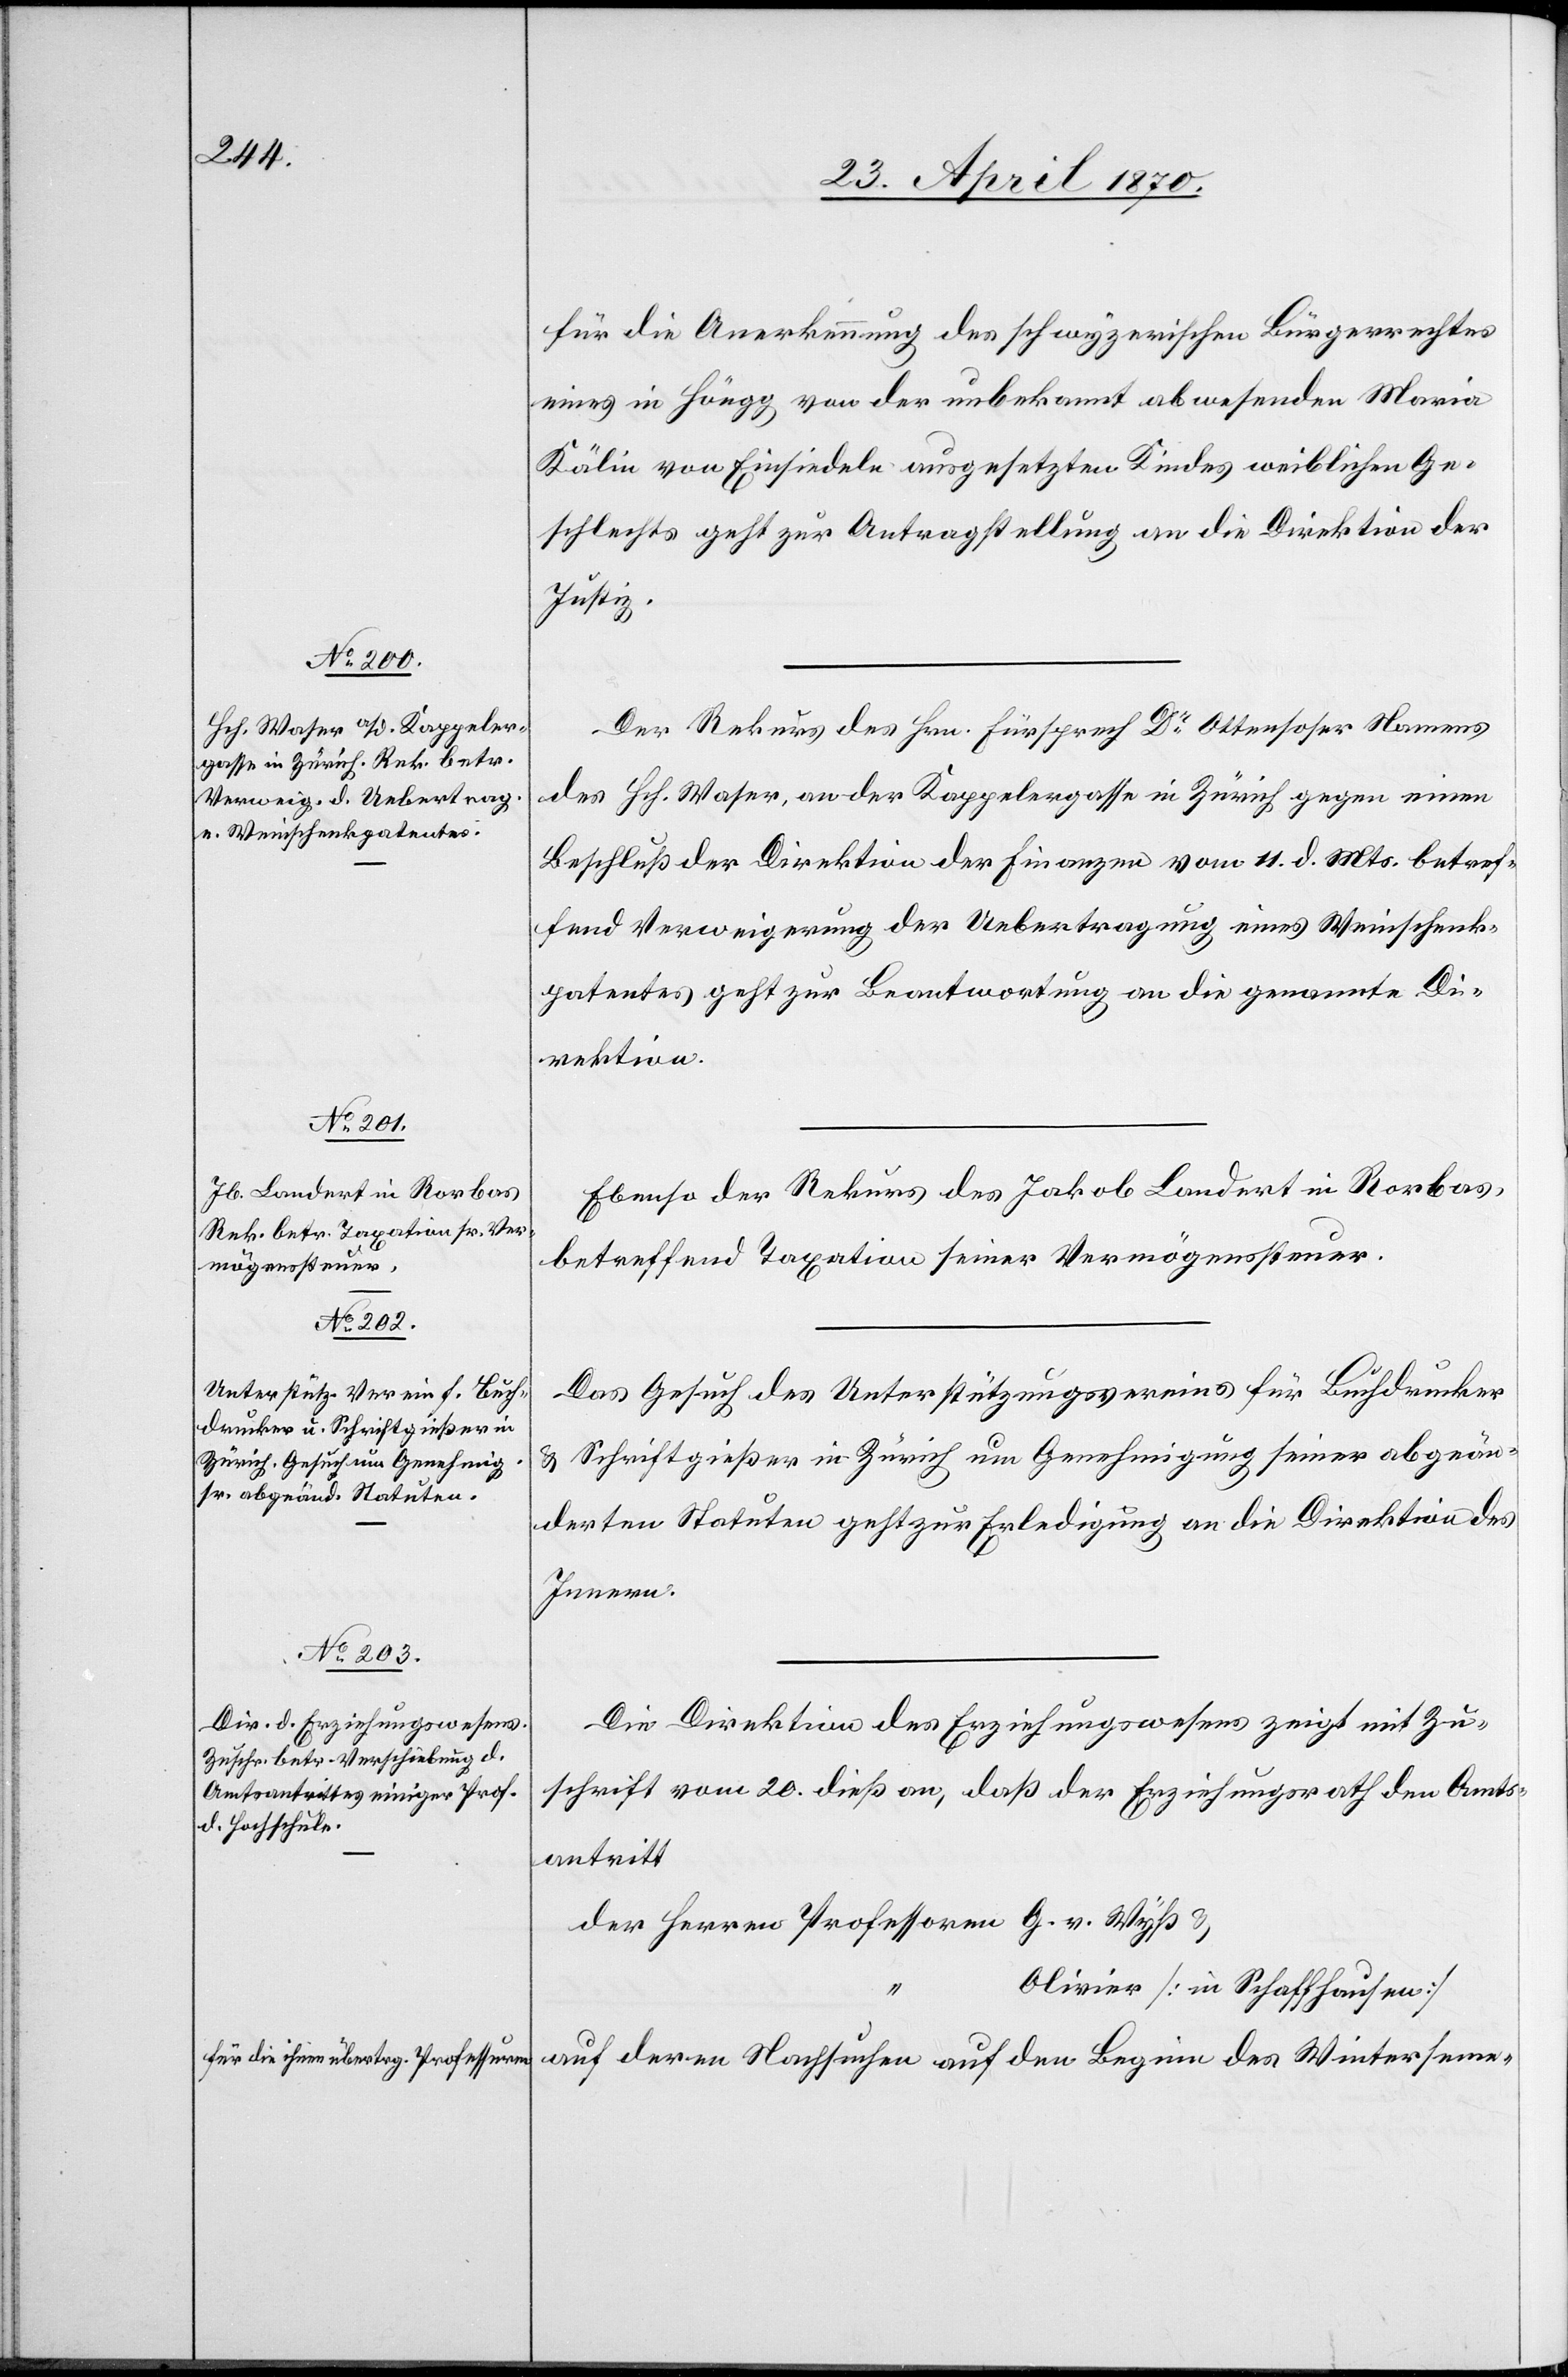
a-für die ihnen übertrg. Professuren-a

25. April 1870.]
für die Anerkennung des schwyzerischen Bürgerrechtes
eines in Höngg von der unbekannt abwesenden Maria
Kälin von Einsiedeln ausgesetzten Kindes weiblichen Ge¬
schlechts geht zur Antragstellung an die Direktion der
Justiz.
Der Rekurs des Hrn. Fürsprech Dr Ottensoser Namens
des Hch. Waser, an der Kappelergasse in Zürich gegen einen
Beschluß der Direktion der Finanzen vom 11. d. Mts. betref¬
fend Verweigerung der Uebertragung eines Weinschenk¬
patentes geht zur Beantwortung an die genannte Di¬
rektion.
Ebenso der Rekurs des Jakob Landert in Rorbas,
betreffend Taxation seiner Vermögenssteuer.
Das Gesuch des Unterstützungsvereines für Buchdrucker
& Schriftgießer in Zürich um Genehmigung seiner abgeän¬
derten Statuten geht zur Erledigung an die Direktion des
Innern.
Die Direktion des Erziehungswesens zeigt mit Zu¬
schrift vom 20. dieß an, daß der Erziehungsrath den Amts¬
antritt
der Herren Professoren G. v. Wyß &
Olivier [in Schaffhausen]
auf deren Nachsuchen auf den Beginn des Winterseme-